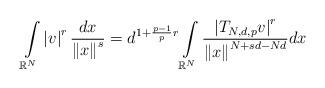
LaTeX: \begin{align*}\int\limits_{\mathbb{R}^{N}}\left\vert v\right\vert ^{r}\frac{dx}{\left\Vert x\right\Vert ^{s}}=d^{1+\frac{p-1}{p}r}\int\limits_{\mathbb{R}^{N}}\frac{\left\vert T_{N,d,p}v\right\vert ^{r}}{\left\Vert x\right\Vert^{N+sd-Nd}}dx\end{align*}